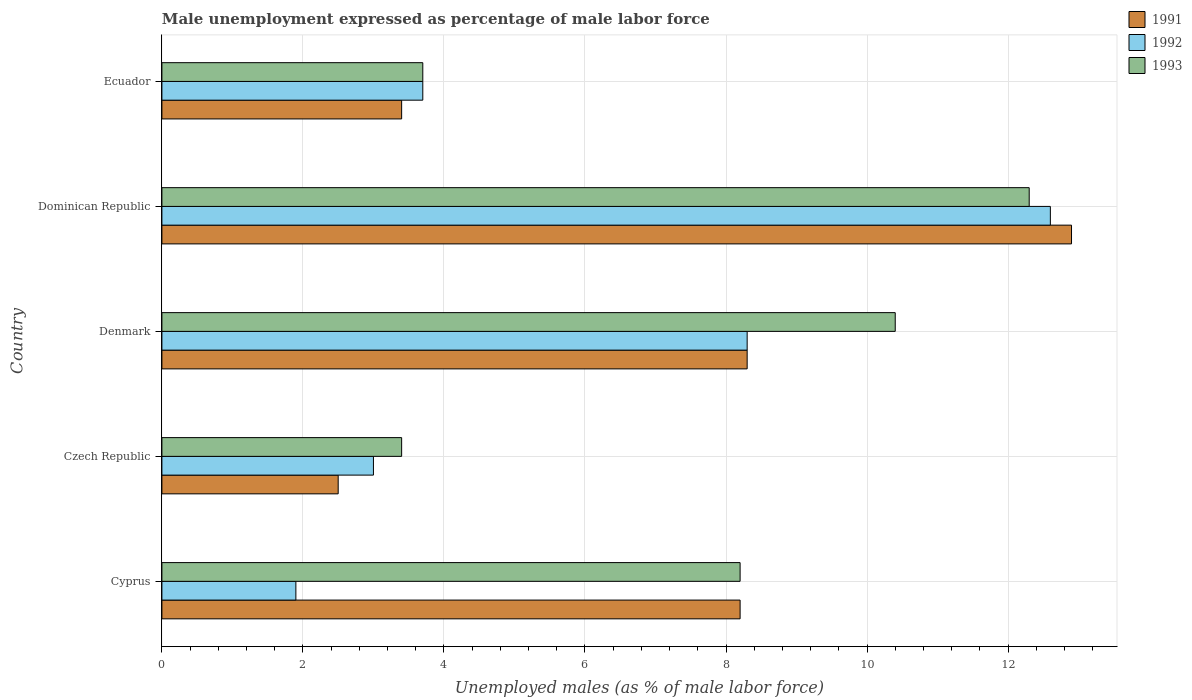
| Country | 1991 | 1992 | 1993 |
 | --- | --- | --- | --- |
 | Cyprus | 8.2 | 1.9 | 8.2 |
 | Czech Republic | 2.5 | 3 | 3.4 |
 | Denmark | 8.3 | 8.3 | 10.4 |
 | Dominican Republic | 12.9 | 12.6 | 12.3 |
 | Ecuador | 3.4 | 3.7 | 3.7 |